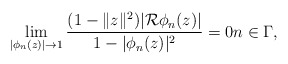
\begin{align*} \lim_{|\phi_n(z)|\to 1} \frac{(1-\|z\|^2)|\mathcal R\phi_n(z)|}{1-|\phi_n(z)|^2}=0 n\in \Gamma,\end{align*}